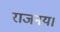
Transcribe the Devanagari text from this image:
राजनय।